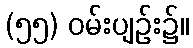
(၅၅) ဝမ်းပျဉ်း၌။